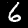
Digit: 6